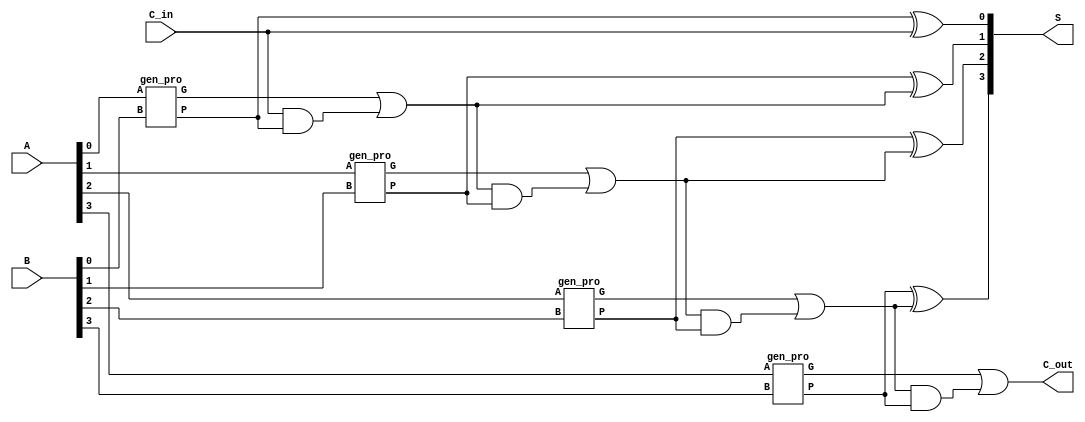
/************************************
Carry Lookahead Adder
Width: initial 4-bits
Input: A, B
Output: S, C_out
************************************/

module CLA #(parameter Width = 4) (

input [Width-1:0] A,
input [Width-1:0] B,
input C_in,

output reg [Width-1:0] S,
output C_out

);

wire [Width-1:0] G, P;
reg [Width:0] C;

//calculate G, P

genvar i;
generate

for (i=0; i<Width; i=i+1)begin : gen_pro_cal
gen_pro m0 (.A(A[i]),
            .B(B[i]),
	    .G(G[i]),
	    .P(P[i]));

end

endgenerate

always @(P, C)begin : Sum_cal

integer j;

for (j=0; j<Width; j=j+1)
S[j] = P[j] ^ C[j];

end

//calculate C

always @(G, C, P)begin : Carry_cal

integer k;

C[0] = C_in;
for (k=1; k<=Width; k=k+1)
C[k] = G[k-1] | (C[k-1] & P[k-1]);

end

assign C_out = C[Width];

endmodule

module gen_pro (

input A, B,
output G, P

);

assign G = A & B;
assign P = A ^ B;

endmodule